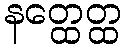
နတ္ထေတ္ထ